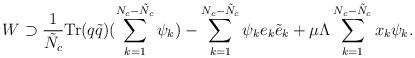
LaTeX: \begin{align*}W\supset\frac{1}{\tilde{N}_c}\textup{Tr}(q\tilde{q})(\sum_{k=1}^{N_c-\tilde{N}_c}\psi_k)-\sum_{k=1}^{N_c-\tilde{N}_c}\psi_ke_k\tilde{e}_k+\mu\Lambda\sum_{k=1}^{N_c-\tilde{N}_c}x_k\psi_k.\end{align*}